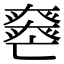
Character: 𡚏